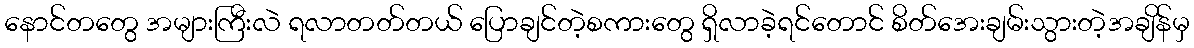
နောင်တတွေ အများကြီးလဲ ရလာတတ်တယ် ပြောချင်တဲ့စကားတွေ ရှိလာခဲ့ရင်တောင် စိတ်အေးချမ်းသွားတဲ့အချိန်မှ